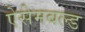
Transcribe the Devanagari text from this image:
ऐसेमबल्ड